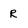
Character: R